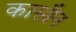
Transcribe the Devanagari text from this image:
कासौन